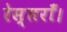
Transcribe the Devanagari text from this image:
रेस्तराँ।